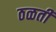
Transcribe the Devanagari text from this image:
ठळती